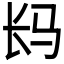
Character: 𲈤